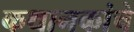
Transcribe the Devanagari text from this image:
कथानकांचे